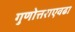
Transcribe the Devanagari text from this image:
गुणोत्तराएवढा